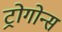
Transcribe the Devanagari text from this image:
ट्रोगोन्स